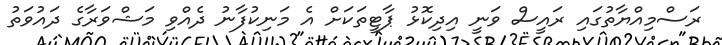
ރަސްމިއްޔާތުގައި ރައީސް ވަނީ އިދިކޮޅު ޕާޓީތަކަށް އެ މަނިކުފާނު ދެއްވި މަޝްވަރާގެ ދައުވަތު